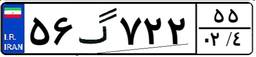
۵۶گ۷۲۲۵۵